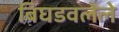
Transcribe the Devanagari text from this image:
बिघडवलेले